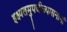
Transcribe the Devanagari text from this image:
इक्ष्यलमुपजीज्यमानानां